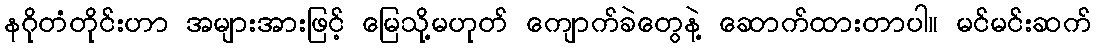
နဂိုတံတိုင်းဟာ အများအားဖြင့် မြေသို့မဟုတ် ကျောက်ခဲတွေနဲ့ ဆောက်ထားတာပါ။ မင်မင်းဆက်